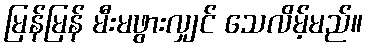
မြန်မြန် မီးမဖွားလျှင် သေလိမ့်မည်။